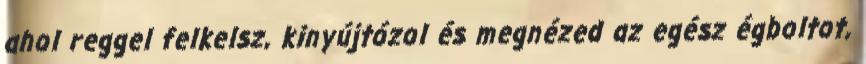
ahol reggel felkelsz, kinyújtózol és megnézed az egész égboltot,